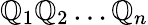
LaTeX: \mathbb{Q}_{1}\mathbb{Q}_{2}\dots\mathbb{Q}_{n}